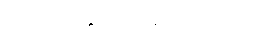
လုပ်ကိုင်နိုင်လေတော့သည်။